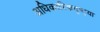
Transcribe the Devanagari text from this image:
अधिकारिकदृष्ट्या